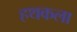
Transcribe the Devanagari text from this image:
हथकला